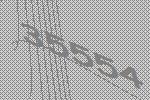
35554